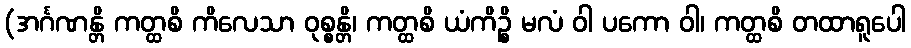
(အင်္ဂဏန္တိ ကတ္ထစိ ကိလေသာ ဝုစ္စန္တိ၊ ကတ္ထစိ ယံကိဉ္စိ မလံ ဝါ ပကော ဝါ၊ ကတ္ထစိ တထာရူပေါ